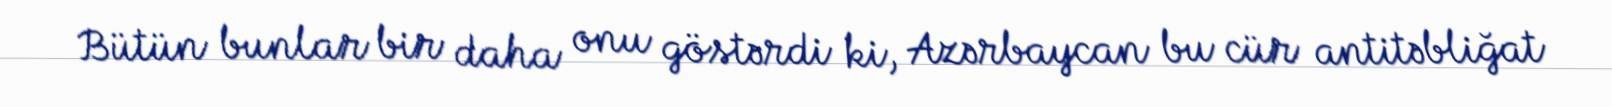
Bütün bunlar bir daha onu göstərdi ki, Azərbaycan bu cür antitəbliğat